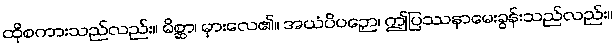
ထိုစကားသည်လည်း။ မိစ္ဆာ၊ မှားလေ၏။ အယံပိပဉှော၊ ဤပြဿနာမေးခွန်းသည်လည်း။